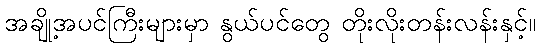
အချို့အပင်ကြီးများမှာ နွယ်ပင်တွေ တိုးလိုးတန်းလန်းနှင့်။